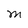
Character: M